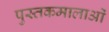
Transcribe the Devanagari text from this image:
पुस्तकमालाओं